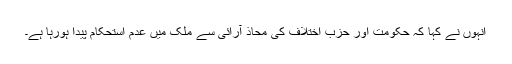
انہوں نے کہا کہ حکومت اور حزب اختلاف کی محاذ آرائی سے ملک میں عدم استحکام پیدا ہورہا ہے۔